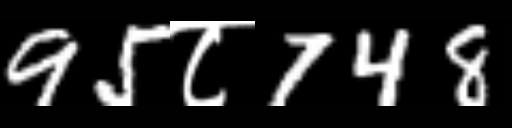
Text: 95८748